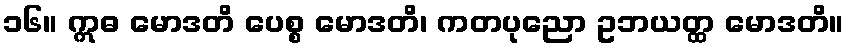
၁၆။ ဣဓ မောဒတိ ပေစ္စ မောဒတိ၊ ကတပုညော ဥဘယတ္ထ မောဒတိ။